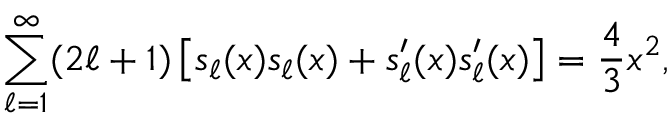
\sum _ { \ell = 1 } ^ { \infty } ( 2 \ell + 1 ) \left[ s _ { \ell } ( x ) s _ { \ell } ( x ) + s _ { \ell } ^ { \prime } ( x ) s _ { \ell } ^ { \prime } ( x ) \right] = { \frac { 4 } { 3 } } x ^ { 2 } ,